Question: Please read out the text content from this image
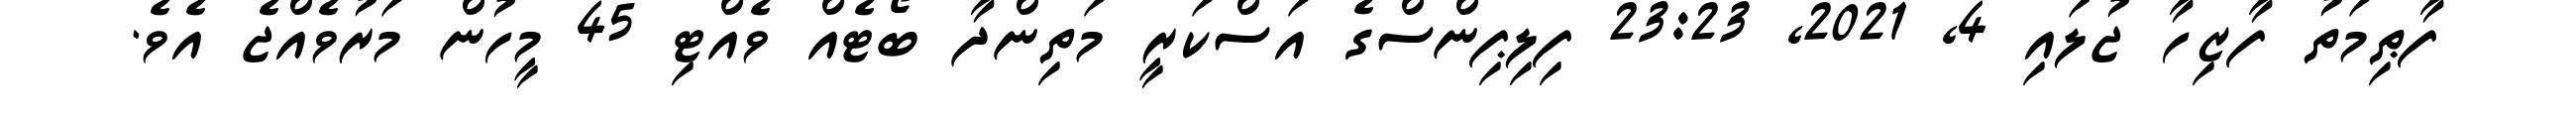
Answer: ފާޠިމަތު ފާޒިހާ ޖުލައި 4, 2021, 23:23 ފިލިޕިންސްގެ އަސްކަރީ މަތިންދާ ބޯޓެއް ވެއްޓި 45 މީހުން މަރުވެއްޖެ އެވެ.